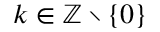
k \in \mathbb { Z } \setminus \{ 0 \}